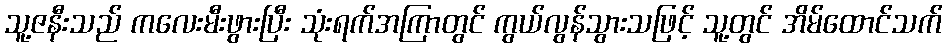
သူ့ဇနီးသည် ကလေးမီးဖွားပြီး သုံးရက်အကြာတွင် ကွယ်လွန်သွားသဖြင့် သူ့တွင် အိမ်ထောင်သက်